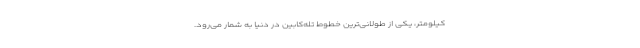
کیلومتر، یکی از طولانی‌ترین خطوط تله‌کابین در دنیا به شمار می‌رود.